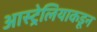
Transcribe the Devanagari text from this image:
आस्ट्रेलियाकडून